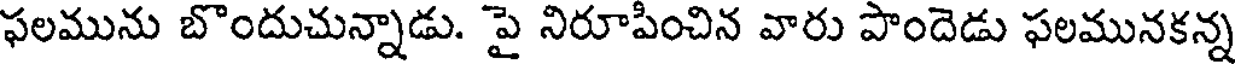
ఫలమును బొందుచున్నాడు. పై నిరూపించిన వారు పొందెడు ఫలమునకన్న